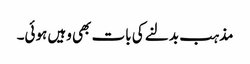
مذہب بدلنے کی بات بھی وہیں ہوئی۔